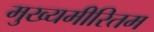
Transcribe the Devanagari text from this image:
मुख्यमीरितम